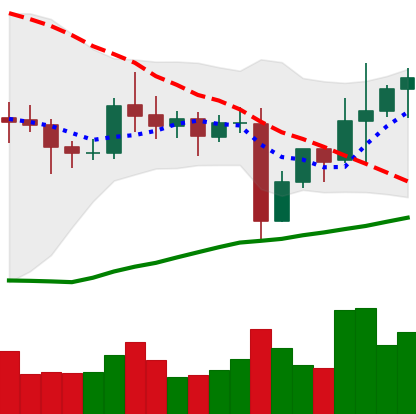
Ticker: NEO-USD
Chart end date: 2021-11-03
Forward return: 7.562%
Label: up_7plus